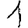
Digit: 1